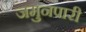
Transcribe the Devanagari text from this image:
जमुनपारी